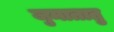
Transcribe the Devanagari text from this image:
जुमातातु